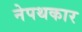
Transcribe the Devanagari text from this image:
नेपथकार